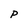
Character: P